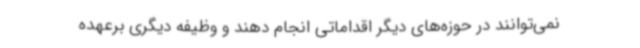
نمی‌توانند در حوزه‌های دیگر اقداماتی انجام دهند و وظیفه دیگری برعهده